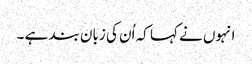
انہوں نے کہا کہ اُن کی زبان بند ہے ۔